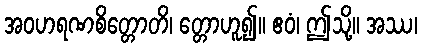
အဝဟရဏစိတ္တောတိ၊ တ္တောဟူ၍။ ဧဝံ၊ ဤသို့။ အဿ၊